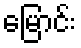
မြောင်း